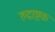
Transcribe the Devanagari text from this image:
रुद्राष्टक